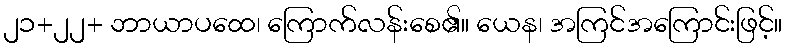
၂၁+၂၂+ ဘာယာပထေ၊ ကြောက်လန်းစေ၏။ ယေန၊ အကြင်အကြောင်းဖြင့်။